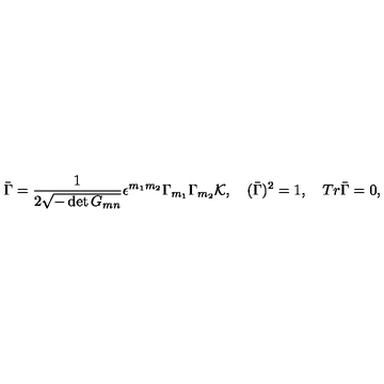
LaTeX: \bar { \Gamma } = { \frac { 1 } { 2 \sqrt { - \det { G _ { m n } } } } } \epsilon ^ { m _ { 1 } m _ { 2 } } \Gamma _ { m _ { 1 } } \Gamma _ { m _ { 2 } } { \cal K } , \quad ( \bar { \Gamma } ) ^ { 2 } = 1 , \quad T r \bar { \Gamma } = 0 ,